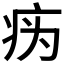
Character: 𰣦